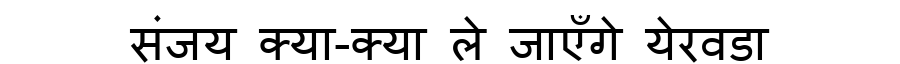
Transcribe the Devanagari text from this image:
संजय क्या-क्या ले जाएँगे येरवडा